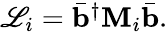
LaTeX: \begin{array}{r}{\mathscr{L}_{i}=\bar{\mathbf{b}}^{\dagger}\mathbf{M}_{i}\bar{\mathbf{b}}.}\end{array}